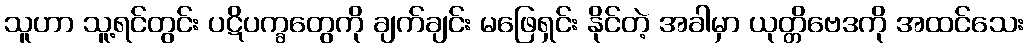
သူဟာ သူ့ရင်တွင်း ပဋိပက္ခတွေကို ချက်ချင်း မဖြေရှင်း နိုင်တဲ့ အခါမှာ ယုတ္တိဗေဒကို အထင်သေး